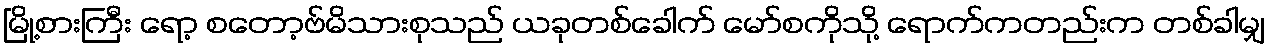
မြို့စားကြီး ရော့ စတော့ဗ်မိသားစုသည် ယခုတစ်ခေါက် မော်စကိုသို့ ရောက်ကတည်းက တစ်ခါမျှ